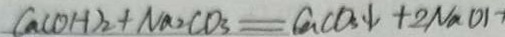
C a ( O H ) _ { 2 } + N a _ { 2 } C O _ { 3 } = C a C O _ { 3 } \downarrow + 2 N a O I